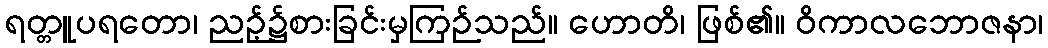
ရတ္တူပရတော၊ ညဉ့်၌စားခြင်းမှကြဉ်သည်။ ဟောတိ၊ ဖြစ်၏။ ဝိကာလဘောဇနာ၊